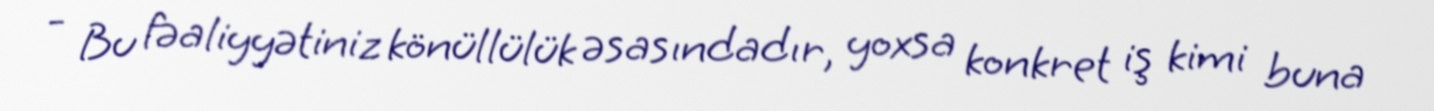
- Bu fəaliyyətiniz könüllülük əsasındadır, yoxsa konkret iş kimi buna